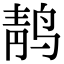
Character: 䴖